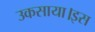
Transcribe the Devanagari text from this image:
उकसाया।इस